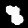
Digit: 8